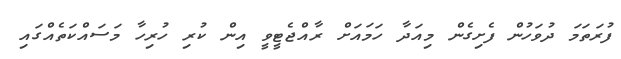
ފުރަތަމަ ދުވަހުން ފެށިގެން މިއަދާ ހަމައަށް ރާއްޖެޓީވީ އިން ކުރި ހުރިހާ މަސައްކަތެއްގައި